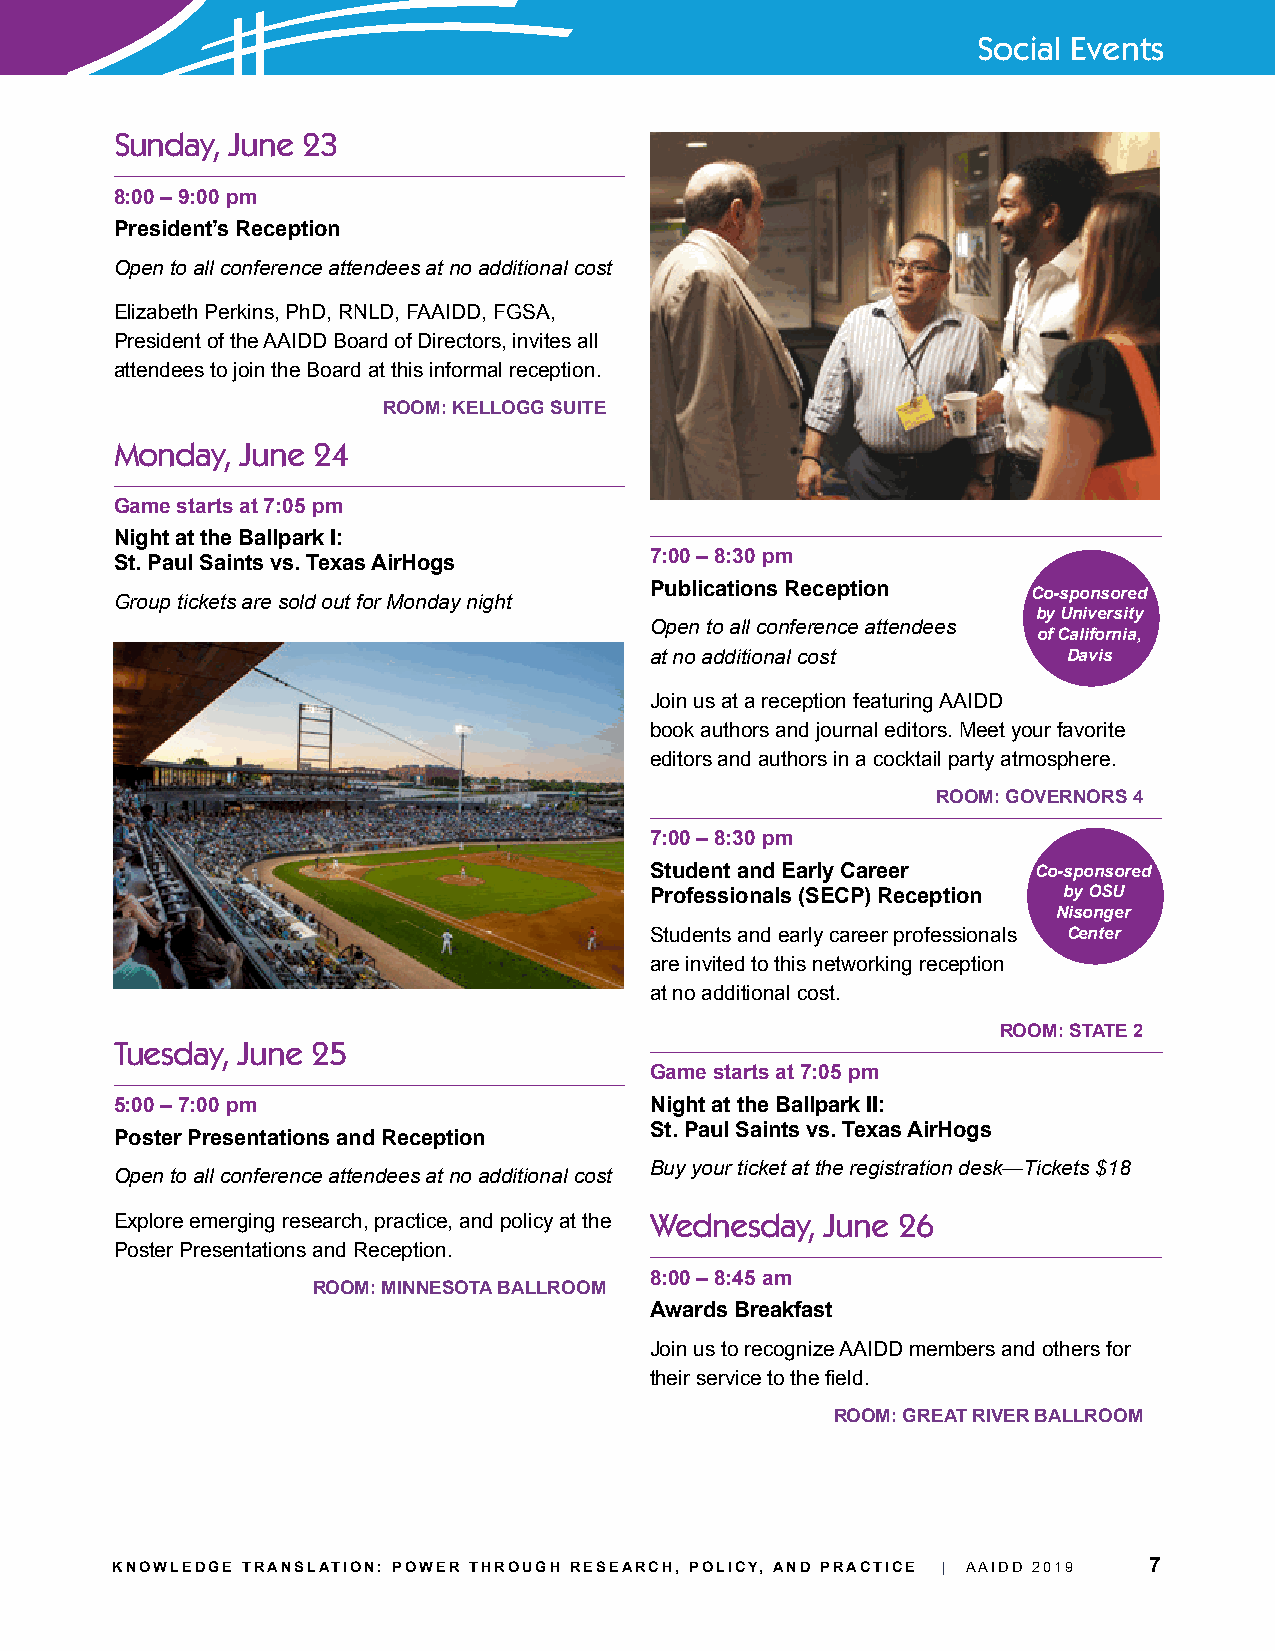
Social Events
 Sunday, June 23
 8:00 – 9:00 pm
 President’s Reception
 Open to all conference attendees at no additional cost
 Elizabeth Perkins, PhD, RNLD, FAAIDD, FGSA,
 President of the AAIDD Board of Directors, invites all
 attendees to join the Board at this informal reception.
 ROOM: KELLOGG SUITE
 Monday, June 24
 Game starts at 7:05 pm
 Night at the Ballpark I:
 7:00 – 8:30 pm
 St. Paul Saints vs. Texas AirHogs
 Publications Reception
 Co-sponsored
 Group tickets are sold out for Monday night
 by University
 Open to all conference attendees
 of California,
 at no additional cost       Davis
 Join us at a reception featuring AAIDD
 book authors and journal editors. Meet your favorite
 editors and authors in a cocktail party atmosphere.
 ROOM: GOVERNORS 4
 7:00 – 8:30 pm
 Student and Early Career  Co-sponsored
 Professionals (SECP) Reception by OSU
 Nisonger
 Students and early career professionals Center
 are invited to this networking reception
 at no additional cost.
 ROOM: STATE 2
 Tuesday, June 25
 Game starts at 7:05 pm
 5:00 – 7:00 pm                     Night at the Ballpark II:
 St. Paul Saints vs. Texas AirHogs
 Poster Presentations and Reception
 Buy your ticket at the registration desk—Tickets $18
 Open to all conference attendees at no additional cost
 Explore emerging research, practice, and policy at the Wednesday, June 26
 Poster Presentations and Reception.
 8:00 – 8:45 am
 ROOM: MINNESOTA BALLROOM
 Awards Breakfast
 Join us to recognize AAIDD members and others for
 their service to the field.
 ROOM: GREAT RIVER BALLROOM
 KNOWLEDGE TRANSLATION: POWER THROUGH RESEARCH, POLICY, AND PRACTICE | AAIDD 2019 7